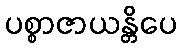
ပစ္စာဇာယန္တိပေ